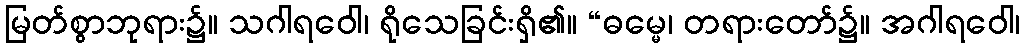
မြတ်စွာဘုရား၌။ သဂါရဝေါ၊ ရိုသေခြင်းရှိ၏။ “ဓမ္မေ၊ တရားတော်၌။ အဂါရဝေါ၊